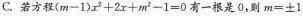
C.若方程$$( m - 1 ) x ^ { 2 } + 2 x + m ^ { 2 } - 1 = 0$$有一根是0，则$$m = ± 1$$